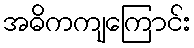
အဓိကကျကြောင်း